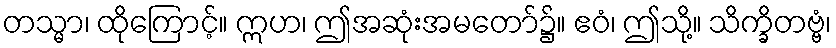
တသ္မာ၊ ထိုကြောင့်။ ဣဟ၊ ဤအဆုံးအမတော်၌။ ဧဝံ၊ ဤသို့။ သိက္ခိတဗ္ဗံ၊